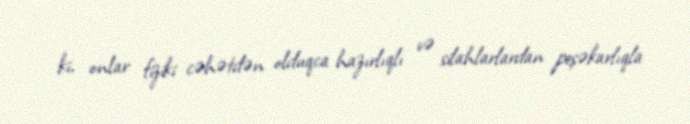
ki, onlar fiziki cəhətdən olduqca hazırlıqlı və silahlarlardan peşəkarlıqla